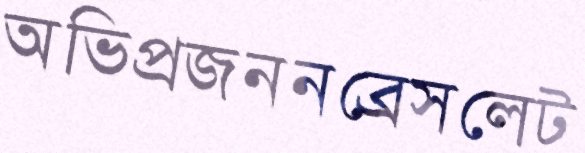
অভিপ্রজননব্রেসলেট